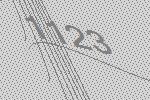
1123